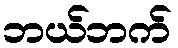
ဘယ်ဘက်